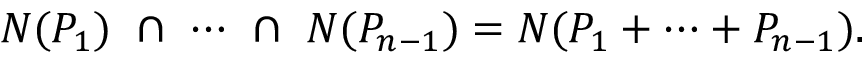
{ \cal N } ( P _ { 1 } ) \ \cap \ \cdots \ \cap \ { \cal N } ( P _ { n - 1 } ) = { \cal N } ( P _ { 1 } + \cdots + P _ { n - 1 } ) .